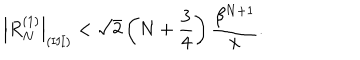
\left| R _ { N } ^ { ( 1 ) } \right| _ { \mathrm { ( I I I ) } } < \sqrt { 2 } \left( N + { \frac { 3 } { 4 } } \right) { \frac { \beta ^ { N + 1 } } { x } } .